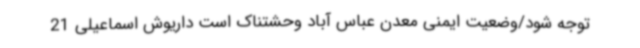
توجه شود/وضعیت ایمنی معدن عباس آباد وحشتناک است داریوش اسماعیلی 21